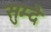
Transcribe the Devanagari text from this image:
सुम्दे